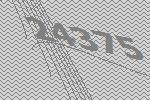
24375